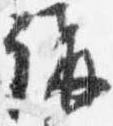
講